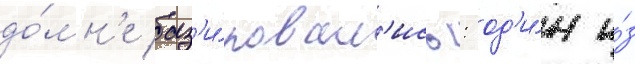
до́мн'е баз'и́ровал'ись: од'и́н и́з